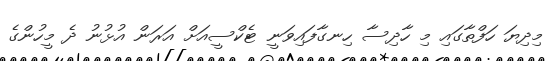
މިދިޔަ ހަފްތާގައި މި ހާދިސާ ހިނގާފައިވަނީ ޓެކްސީއަށް އަރަން އުޅުނު ދެ މީހުންގެ